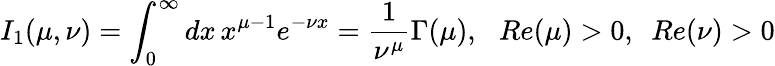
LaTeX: I_{1}(\mu,\nu)=\int_{0}^{\infty}dx\, x^{\mu-1}e^{-\nu x}=\frac 1{\nu^{\mu}}\Gamma(\mu),\, \, \, \, Re(\mu)>0,\, \, \, Re(\nu)>0